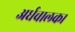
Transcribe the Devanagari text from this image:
अर्धचालक।